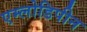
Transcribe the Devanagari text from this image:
एम्लोडिपीन